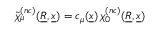
\tilde { \chi } _ { \mu } ^ { ( n c ) } ( \underline { { R } } , \underline { { x } } ) = c _ { \mu } ( \underline { { x } } ) \, \chi _ { 0 } ^ { ( n c ) } ( \underline { { R } } , \underline { { x } } )